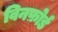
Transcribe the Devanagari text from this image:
विनफ़ोर्ड